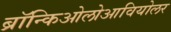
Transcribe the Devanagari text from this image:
ब्रॉन्किओलोआवियोलर